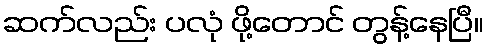
ဆက်လည်း ပလုံ ဖို့တောင် တွန့်နေပြီ။